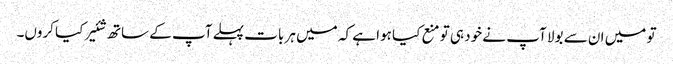
تو میں ان سے بولا آپ نے خود ہی تو منع کیا ہوا ہے کہ میں ہر بات پہلے آپ کے ساتھ شئیر کیا کروں۔